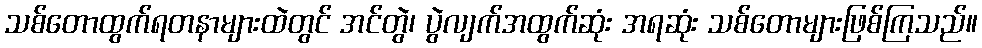
သစ်တောထွက်ရတနာများထဲတွင် အင်တွဲ၊ ပွဲလျက်အထွက်ဆုံး အရဆုံး သစ်တောများဖြစ်ကြသည်။